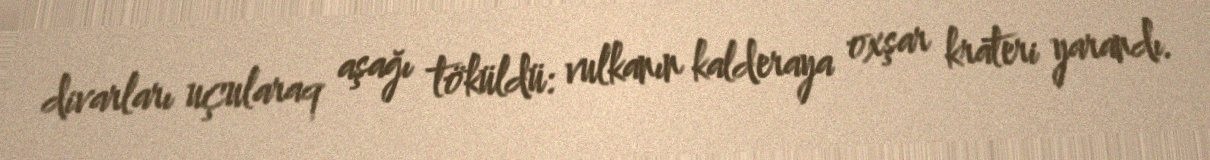
divarları uçularaq aşağı töküldü: vulkanın kalderaya oxşar krateri yarandı.